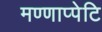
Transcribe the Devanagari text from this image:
मण्णाप्पेटि